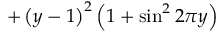
+ \left( y - 1 \right) ^ { 2 } \left( 1 + \sin ^ { 2 } 2 \pi y \right)